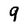
Character: 9